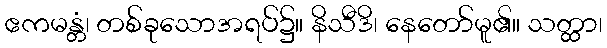
ဧကမန္တံ၊ တစ်ခုသောအရပ်၌။ နိသီဒိ၊ နေတော်မူ၏။ သတ္ထာ၊